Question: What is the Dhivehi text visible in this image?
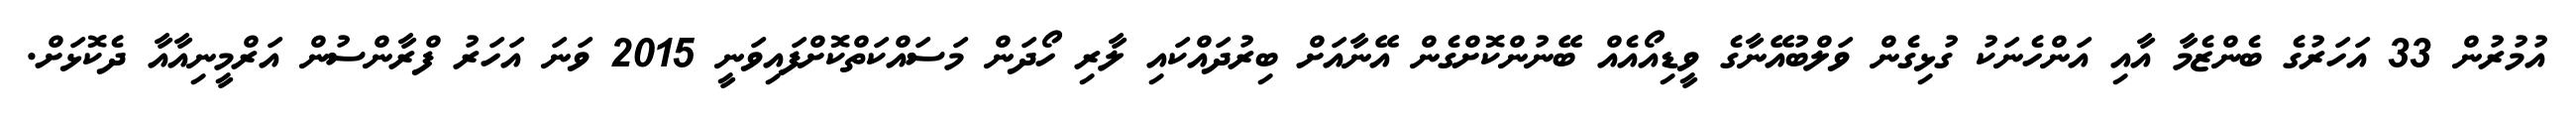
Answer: އުމުރުން 33 އަހަރުގެ ބެންޒެމާ އާއި އަންހެނަކު ގުޅިގެން ވަލްބުއޭނާގެ ވީޑިއޯއެއް ބޭނުންކޮށްގެން އޭނާއަށް ބިރުދައްކައި ލާރި ހޯދަން މަސައްކަތްކޮށްފައިވަނީ 2015 ވަނަ އަހަރު ފްރާންސުން އަރްމީނިއާއާ ދެކޮޅަށް.